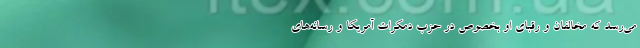
می‌رسد که مخالفان و رقبای او بخصوص در حزب دمکرات آمریکا و رسانه‌های